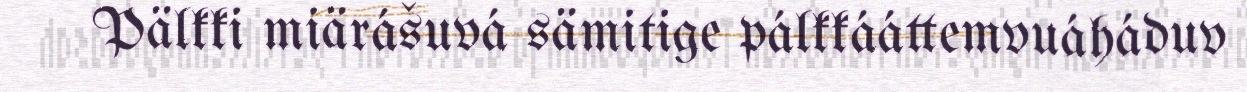
Pälkki miärášuvá sämitige pálkkááttemvuáháduv